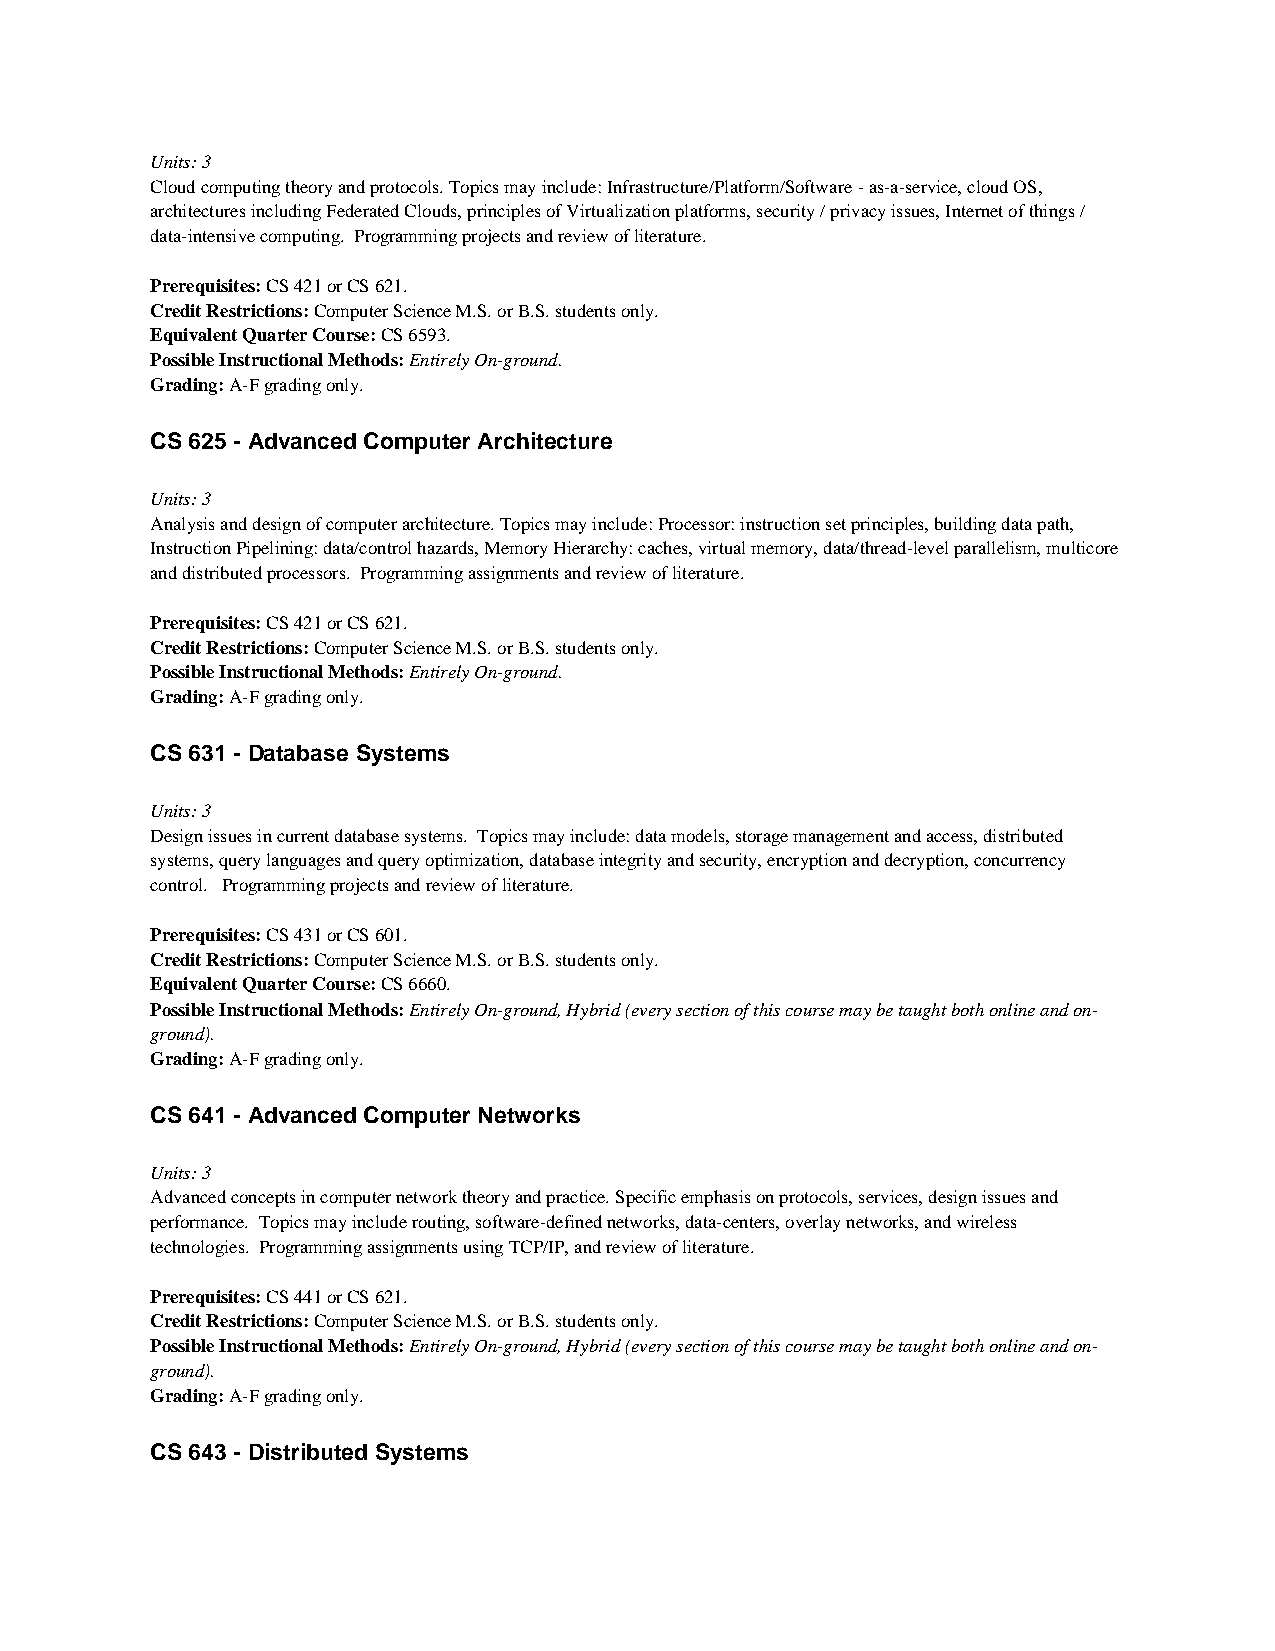
Units: 3
 Cloud computing theory and protocols. Topics may include: Infrastructure/Platform/Software - as-a-service, cloud OS,
 architectures including Federated Clouds, principles of Virtualization platforms, security / privacy issues, Internet of things /
 data-intensive computing. Programming projects and review of literature.
 Prerequisites: CS 421 or CS 621.
 Credit Restrictions: Computer Science M.S. or B.S. students only.
 Equivalent Quarter Course: CS 6593.
 Possible Instructional Methods: Entirely On-ground.
 Grading: A-F grading only.
 CS 625 - Advanced Computer Architecture
 Units: 3
 Analysis and design of computer architecture. Topics may include: Processor: instruction set principles, building data path,
 Instruction Pipelining: data/control hazards, Memory Hierarchy: caches, virtual memory, data/thread-level parallelism, multicore
 and distributed processors. Programming assignments and review of literature.
 Prerequisites: CS 421 or CS 621.
 Credit Restrictions: Computer Science M.S. or B.S. students only.
 Possible Instructional Methods: Entirely On-ground.
 Grading: A-F grading only.
 CS 631 - Database Systems
 Units: 3
 Design issues in current database systems. Topics may include: data models, storage management and access, distributed
 systems, query languages and query optimization, database integrity and security, encryption and decryption, concurrency
 control. Programming projects and review of literature.
 Prerequisites: CS 431 or CS 601.
 Credit Restrictions: Computer Science M.S. or B.S. students only.
 Equivalent Quarter Course: CS 6660.
 Possible Instructional Methods: Entirely On-ground, Hybrid (every section of this course may be taught both online and on-
 ground).
 Grading: A-F grading only.
 CS 641 - Advanced Computer Networks
 Units: 3
 Advanced concepts in computer network theory and practice. Specific emphasis on protocols, services, design issues and
 performance. Topics may include routing, software-defined networks, data-centers, overlay networks, and wireless
 technologies. Programming assignments using TCP/IP, and review of literature.
 Prerequisites: CS 441 or CS 621.
 Credit Restrictions: Computer Science M.S. or B.S. students only.
 Possible Instructional Methods: Entirely On-ground, Hybrid (every section of this course may be taught both online and on-
 ground).
 Grading: A-F grading only.
 CS 643 - Distributed Systems